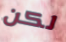
لكن